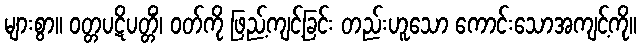
များစွာ။ ဝတ္တပဋိပတ္တိံ၊ ဝတ်ကို ဖြည့်ကျင့်ခြင်း တည်းဟူသော ကောင်းသောအကျင့်ကို။